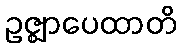
ဥဇ္ဈာပေထာတိ